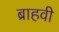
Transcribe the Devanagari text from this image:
ब्राहवी